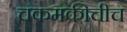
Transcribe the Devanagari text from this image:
चकमकीचीच